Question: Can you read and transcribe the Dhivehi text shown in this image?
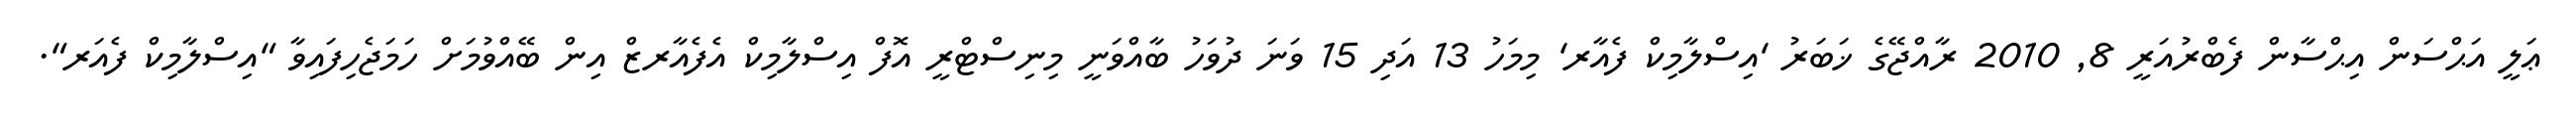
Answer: ޢަލީ އަޙްސަން އިޙްސާން ފެބްރުއަރީ 8, 2010 ރާއްޖޭގެ ޚަބަރު 'އިސްލާމިކް ފެއާރ' މިމަހު 13 އަދި 15 ވަނަ ދުވަހު ބާއްވަނީ މިނިސްޓްރީ އޮފް އިސްލާމިކް އެފެއާރޒް އިން ބޭއްވުމަށް ހަމަޖެހިފައިވާ "އިސްލާމިކް ފެއަރ".